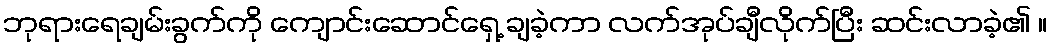
ဘုရားရေချမ်းခွက်ကို ကျောင်းဆောင်ရှေ့ ချခဲ့ကာ လက်အုပ်ချီလိုက်ပြီး ဆင်းလာခဲ့၏ ။